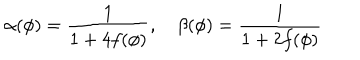
\alpha ( \phi ) = { \frac { 1 } { 1 + 4 f ( \phi ) } } , \quad \beta ( \phi ) = { \frac { 1 } { 1 + 2 f ( \phi ) } }